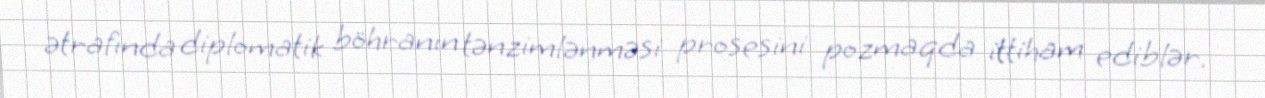
ətrafında diplomatik böhranın tənzimlənməsi prosesini pozmaqda ittiham ediblər.